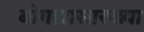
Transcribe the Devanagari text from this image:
बोगद्यासारख्या